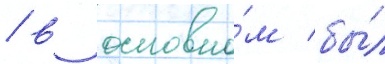
/ в основно́м бы́л